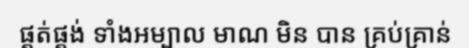
ផ្គត់ផ្គង់ ទាំងអម្បាល មាណ មិន បាន គ្រប់គ្រាន់